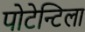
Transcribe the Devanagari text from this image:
पोटेन्टिला